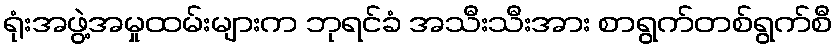
ရုံးအဖွဲ့အမှုထမ်းများက ဘုရင်ခံ အသီးသီးအား စာရွက်တစ်ရွက်စီ